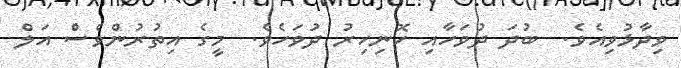
ވިދާޅުވިއެވެ.  ބުދަ ދުވަހާއި ހޮނިހިރު ދުވަހެވެ.  މީގެ އިތުރުންވެސްެ އަލް